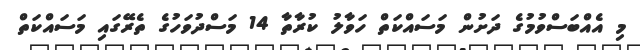
މި އެއްބަސްވުމުގެ ދަށުން މަސައްކަތް ހަވާލު ކުރާތާ 14 މަސްދުވަހުގެ ތެރޭގައި މަސައްކަތް